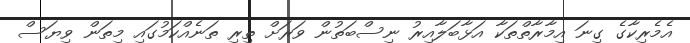
އެމެރިކާގެ ގިނަ އިމާރާތްތަކާ އަޅާބަލާއިރު ނިސްބަތުން ވަރަށް ތިރި ތަނެއްކަމުގައި މިތަން ވިޔަސް